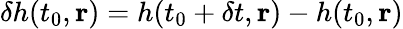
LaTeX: \delta h(t_{0},\mathbf{r})=h(t_{0}+\delta t,\mathbf{r})-h(t_{0},\mathbf{r})